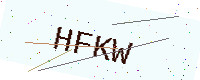
Text: HFKW